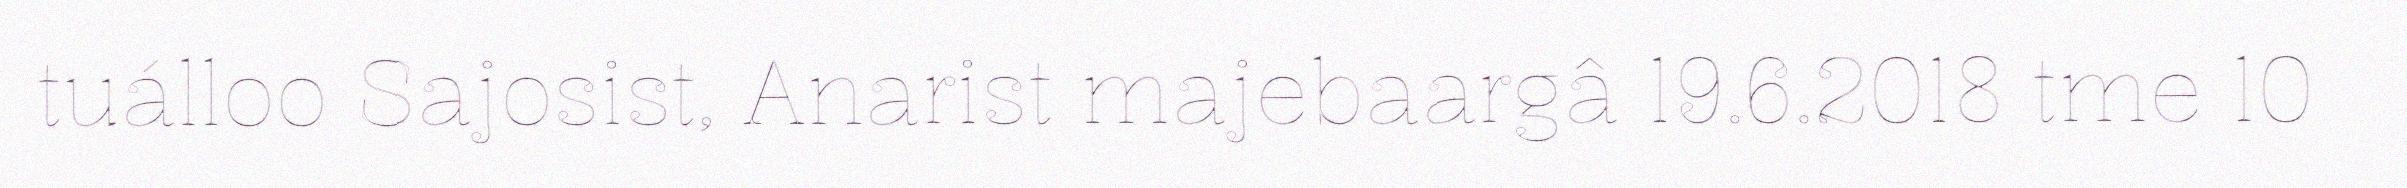
tuálloo Sajosist, Anarist majebaargâ 19.6.2018 tme 10